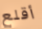
أقلع